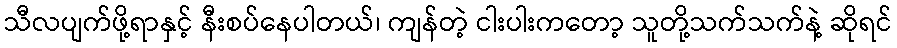
သီလပျက်ဖို့ရာနှင့် နီးစပ်နေပါတယ်၊ ကျန်တဲ့ ငါးပါးကတော့ သူတို့သက်သက်နဲ့ ဆိုရင်